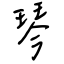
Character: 琴